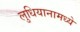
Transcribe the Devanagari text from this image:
लुधियानामध्ये